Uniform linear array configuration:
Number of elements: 8
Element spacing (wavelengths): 0.25
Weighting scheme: kaiser
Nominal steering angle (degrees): -15
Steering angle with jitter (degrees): -15.66
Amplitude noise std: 0.05
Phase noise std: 0.05

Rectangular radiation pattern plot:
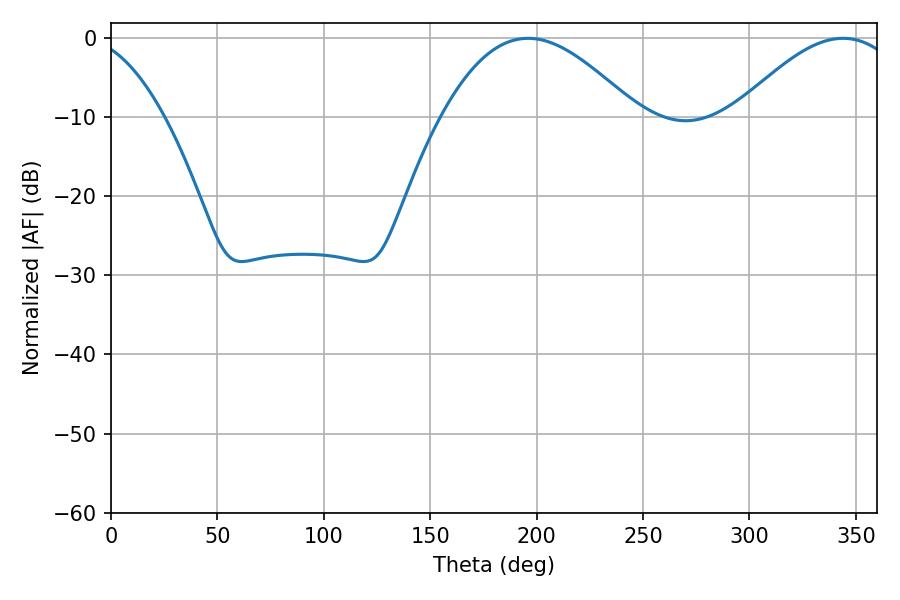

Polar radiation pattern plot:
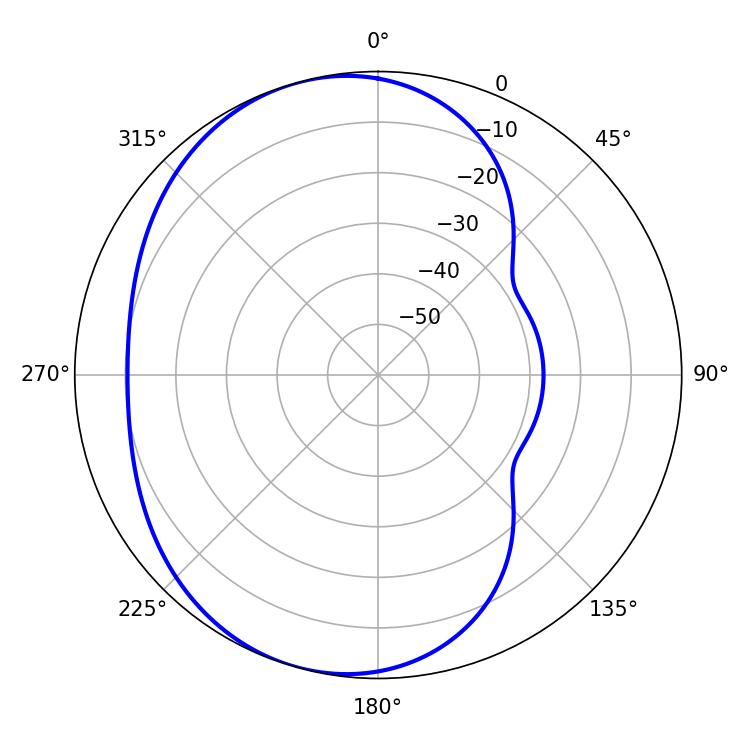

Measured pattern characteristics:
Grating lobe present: FALSE
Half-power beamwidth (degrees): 49.68
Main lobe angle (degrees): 196.02